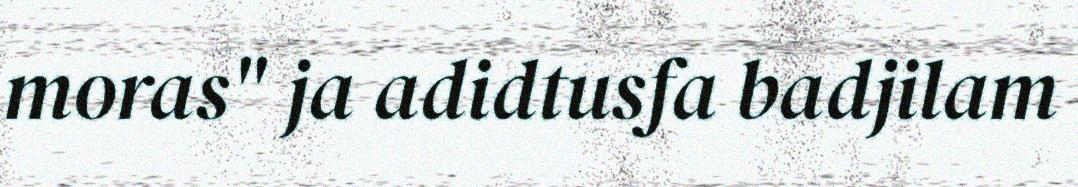
moras" ja adidtusfa badjilam